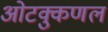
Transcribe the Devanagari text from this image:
ओटक्कुणल